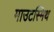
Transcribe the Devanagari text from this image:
माउटस्मिथ